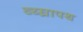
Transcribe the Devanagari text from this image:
व्य्घ्रापथ